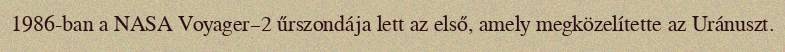
1986-ban a NASA Voyager–2 űrszondája lett az első, amely megközelítette az Uránuszt.